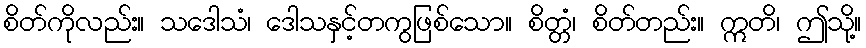
စိတ်ကိုလည်း။ သဒေါသံ၊ ဒေါသနှင့်တကွဖြစ်သော။ စိတ္တံ၊ စိတ်တည်း။ ဣတိ၊ ဤသို့။